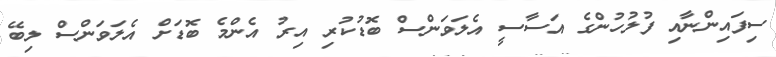
ސިފައިންނާއި ފުލުހުންގެ އަސާސީ އެލަވަންސް ބޮޑުކުރި އިރު އެންމެ ބޮޑަށް އެލަވަންސް ލިބޭ